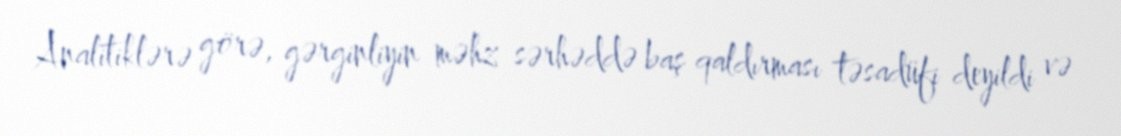
Analitiklərə görə, gərginliyin məhz sərhəddə baş qaldırması təsadüfi deyildi və